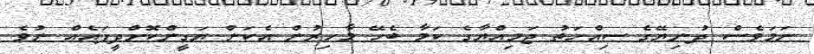
ނަމަވެސް ދުނިޔޭގެ ސިއްހަތު ޖަމިއްޔާގެ ކަމާ ބެހޭ މާހިރުން އެކަން ޔަގީންކޮށްދީފައެއް ނުވެ